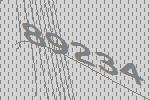
89234